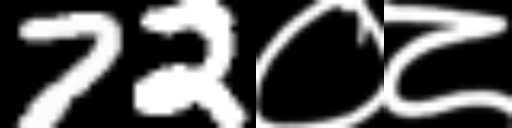
Text: 72०८